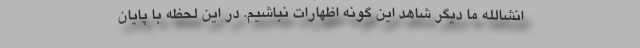
انشالله ما دیگر شاهد این گونه اظهارات نباشیم. در این لحظه با پایان